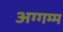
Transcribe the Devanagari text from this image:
अग्गम्म